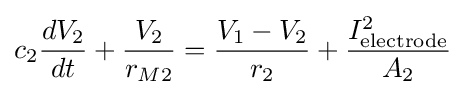
c_{2}{\frac {dV_{2}}{dt}}+{\frac {V_{2}}{r_{M2}}}={\frac {V_{1}-V_{2}}{r_{2}}}+{\frac {I_{\text{electrode}}^{2}}{A_{2}}}